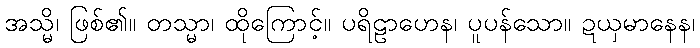
အသ္မိ၊ ဖြစ်၏။ တသ္မာ၊ ထိုကြောင့်။ ပရိဠာဟေန၊ ပူပန်သော။ ဍယှမာနေန၊